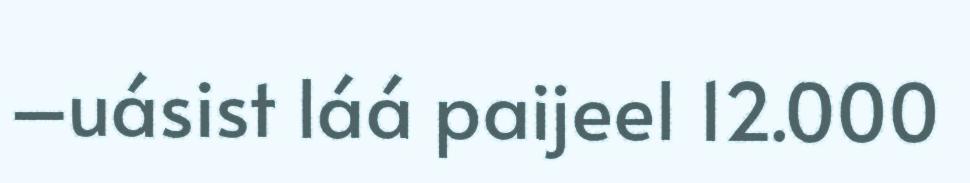
–uásist láá paijeel 12.000